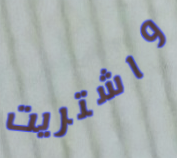
واشتريت